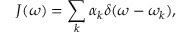
J ( \omega ) = \sum _ { k } \alpha _ { k } \delta ( \omega - \omega _ { k } ) ,